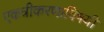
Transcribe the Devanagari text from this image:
एकत्रीकरणाविषयी